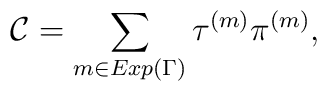
{\cal C} = \sum_{m\in Exp(\Gamma)} \tau^{(m)}\pi^{(m)},